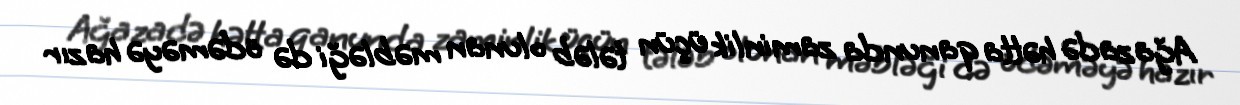
Ağazadə hətta qanunda zaminlik üçün tələb olunan məbləği də ödəməyə hazır